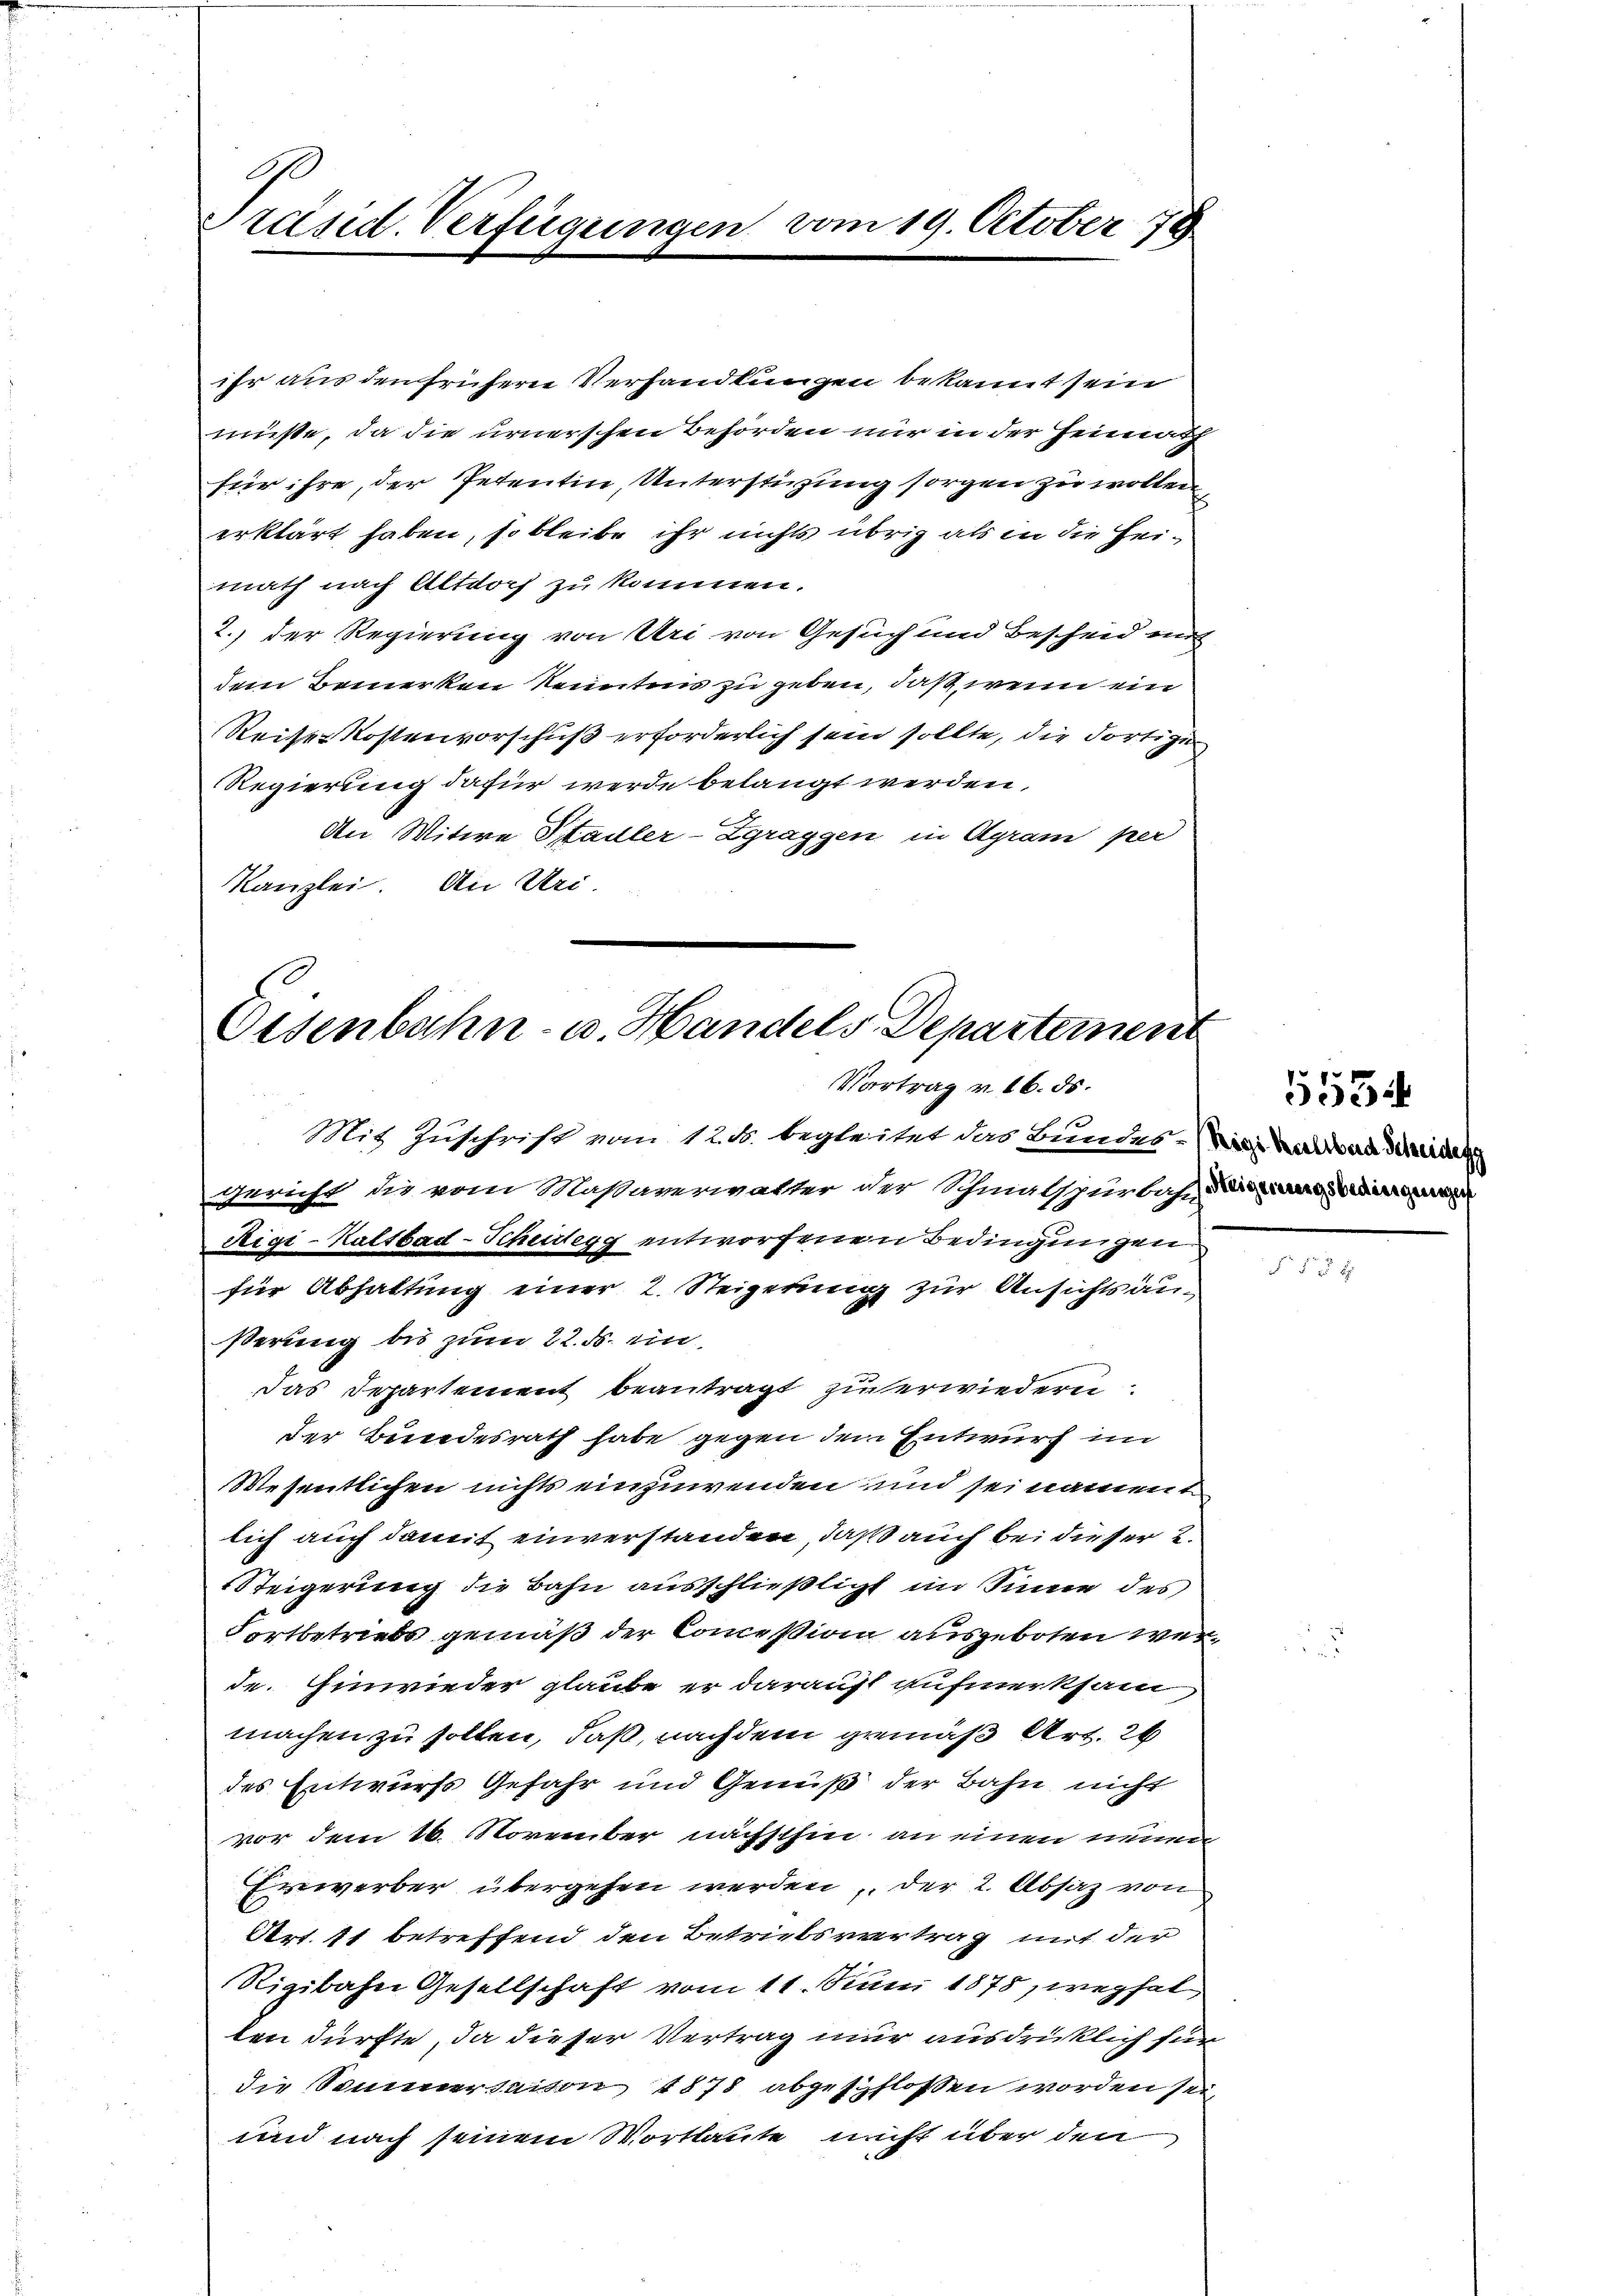
Präsid. Verfügungen vom 19. October 78

ihr aus den früherer Verhandlungen bekannt sein
müßte, da die urnerschen Behörden nur in der Heimath
für ihre, der Petentin, Unterstüzung sorgen zu wollen
erklärt haben, so bleibe ihr nichts übrig als in die Heimath nach Altdoch zu kommen.
2.) Der Regierung von Uri von Gesuch und Bescheid mit
dem Bemerken Kenntnis zu geben, daß wenn ein
Reise Kostenvorschuß erforderlich sein sollte, die dortige
Regierung dafür werde belangt werden,
An Witwe Stadler-Zgraggen in Agram per
Kanzlei. An Uri.

Eisenbahn- u. Handels-Departement
Vortrag v. 16. ds.

Mit Zuschrift vom 12. ds. begleitet das Bundes-Weige Kerrad Schreiden
gericht die vom Maßaverwalter der Schmalspurbas, Barrang verdinge
Rigi-Kaltbad-Scheidegg entworfenen Bedingungen
für Abhaltung einer 2. Steigerung zur Ansichtsanßerung bis zum 22. ds. ein
Das Departement beantragt zuerwiedern.
der Bundesrath habe gegen dem Entwurf im
Wesentlichen nichts einzuwenden und sei namen
lich auch damit einverstanden, daß auch bei dieser 2.
Steigerung die Bahn ausschließlicht im Sinne des
Fortbetriebs gemäß der Conceßion ausgeboten werde. Einwieder glaube er darauf aufmerksam
machen zu sollen, daß, nachdem gemäß Art. 26
des Entwurfs Gefahr und Genuß der Bahn nicht
vor dem 16. November nächsthin an einen neuen
Erwerber übergehen werden, der 2. Absaz von
Art. 11 betreffend den Betriebsvertrag mit der
Rigibahn Gesellschaft vom 11. Juni 1878, weshal
len dürfte, da dieser Vertrag nur ausdrücklich für
die Sommersaison 1878 abgeschlossen worden sei,
und nach seinem Wortlaute nicht über den

§ 53

5534